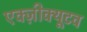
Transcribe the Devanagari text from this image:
एक्ज़ीक्यूटव